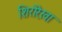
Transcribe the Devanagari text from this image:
शिरोरे़खा